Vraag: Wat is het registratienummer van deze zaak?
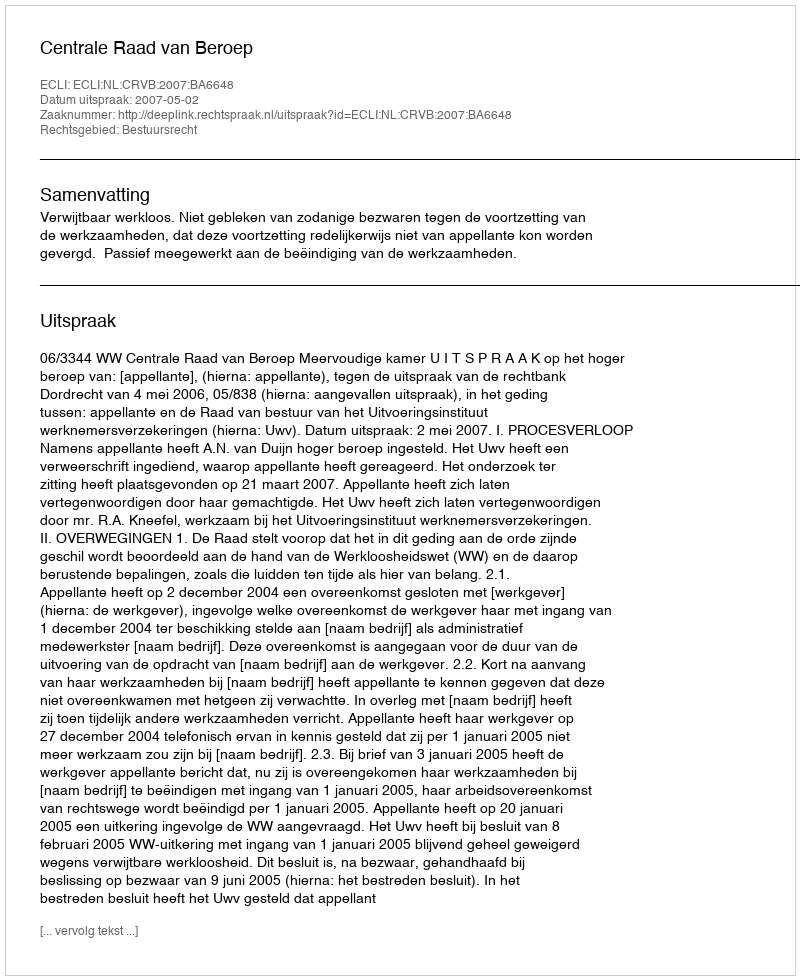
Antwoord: http://deeplink.rechtspraak.nl/uitspraak?id=ECLI:NL:CRVB:2007:BA6648